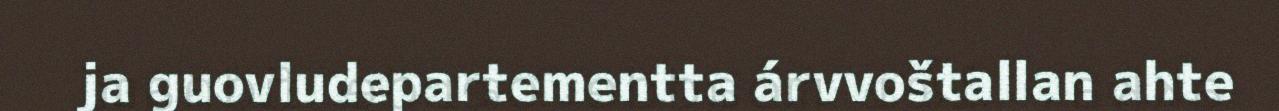
ja guovludepartementta árvvoštallan ahte